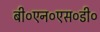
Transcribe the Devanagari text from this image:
बी०एन०एस०डी०